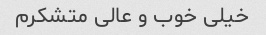
خیلی خوب و عالی متشکرم